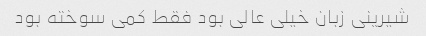
شیرینی زبان خیلی عالی بود فقط کمی سوخته بود